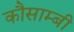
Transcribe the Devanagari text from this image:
कौसाम्बी